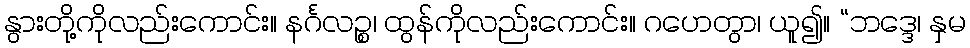
နွားတို့ကိုလည်းကောင်း။ နင်္ဂလဉ္စ၊ ထွန်ကိုလည်းကောင်း။ ဂဟေတွာ၊ ယူ၍။ “ဘဒ္ဒေ၊ နှမ